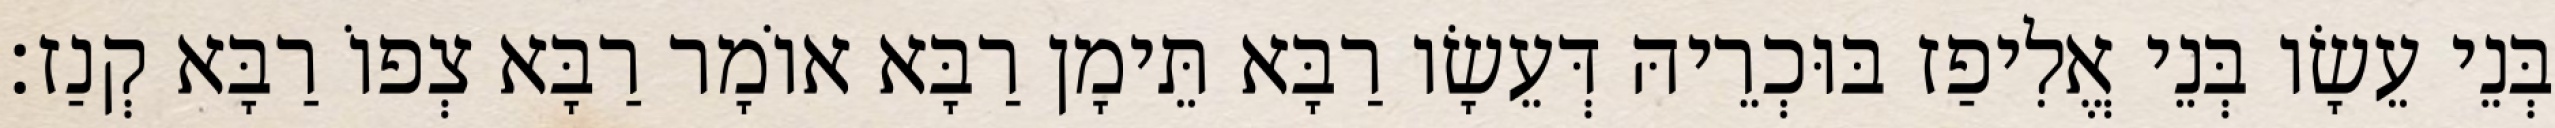
בְּנֵי עֵשָׂו בְּנֵי אֱלִיפַז בּוּכְרֵיהּ דְּעֵשָׂו רַבָּא תֵּימָן רַבָּא אוֹמָר רַבָּא צְפוֹ רַבָּא קְנַז׃